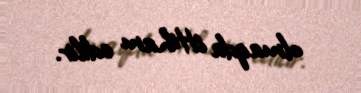
olmaqda ittiham edilir.